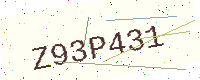
Text: Z93P431